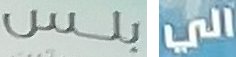
بلس الي